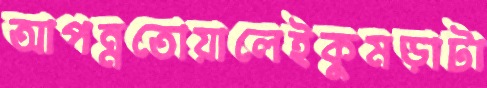
আপন্নতোয়ালেইকুমড়াটা